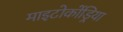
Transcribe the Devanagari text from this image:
माइटोकोंड्रिया